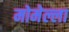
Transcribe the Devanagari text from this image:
मोमेल्ला